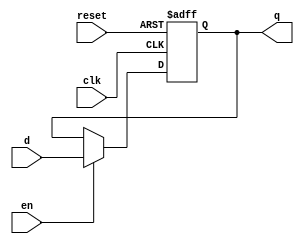
module ffd4(input clk, input reset, input en, input [3:0] d, output reg [3:0] q);

  always @ (posedge clk, posedge reset) begin
  if (reset) q <= 4'b0;
  else if (en) q <= d;
  end

endmodule

module fetch(input clk, reset, en, input [7:0] program_byte, output [3:0] instr, oprnd);

  ffd4 f1(clk, reset, en, program_byte[7:4], instr); 
  ffd4 f2(clk, reset, en, program_byte[3:0], oprnd);

endmodule

module ROM(input wire [11:0] PC, output wire [7:0] program_byte);
        //Definimos las variables de entrada y salida.

    reg [7:0] m[0:4095]; //Asignamos el tamao de la memoria
                        //la cual es de 4k con 8 bits de ancho

    initial begin
        $readmemb("memoria.lab10", m); //guardamos un valor
            //binario en la memoria
    end

    assign program_byte = m[PC];

endmodule

module counter #(parameter N = 12) //Definimos variables
                (input wire clk, reset, en, load,
                 input wire [N-1:0] val,
                 output reg [N-1:0] q);

  always @ (posedge clk or posedge load or posedge reset) begin
    if (reset == 1) //flanco de reloj se colocara la salida en 0
      q <= 12'b0;

    else if (load == 1)//flando de reloj se cargara un valor al
      q <= val;        //contador

    else if (en == 1)//cuando enable sea igual a 1
      q <= q + 1;   //comenzara a contar

  end

endmodule

module Eje1(input reset, en1, en2, load, clk, input [11:0] val, output [7:0] program_byte, output [3:0] instr, oprnd);

  wire [11:0] PC;

  counter a1(clk, reset, en1, load, val, PC);
  ROM a2(PC, program_byte);
  fetch a3(clk, reset, en2, program_byte, instr, oprnd);

endmodule